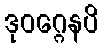
ဒုဝဂ္ဂေနပိ